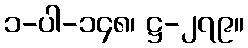
၁-ပါ-၁၄၈၊ ဋ္ဌ-၂၇၉။